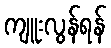
ကျူးလွန်ရန်